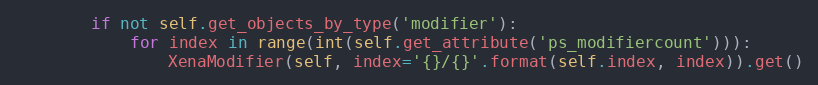
Language: Python
        if not self.get_objects_by_type('modifier'):
            for index in range(int(self.get_attribute('ps_modifiercount'))):
                XenaModifier(self, index='{}/{}'.format(self.index, index)).get()